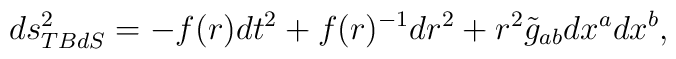
ds^2_{TBdS}=-f(r)dt^2 +f(r)^{-1}dr^2 +r^2\tilde g_{ab}dx^adx^b,